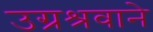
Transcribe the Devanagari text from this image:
उग्रश्रवाने